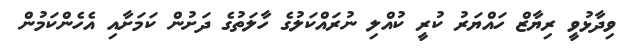
ވިދާޅުވީ ރިޔާޒް ހައްޔަރު ކުރީ ކުއްލި ނުރައްކަލުގެ ހާލަތުގެ ދަށުން ކަމަށާއި އެހެންކަމުން